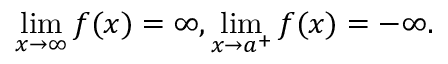
\operatorname* { l i m } _ { x \to \infty } f ( x ) = \infty , \operatorname* { l i m } _ { x \to a ^ { + } } f ( x ) = - \infty .